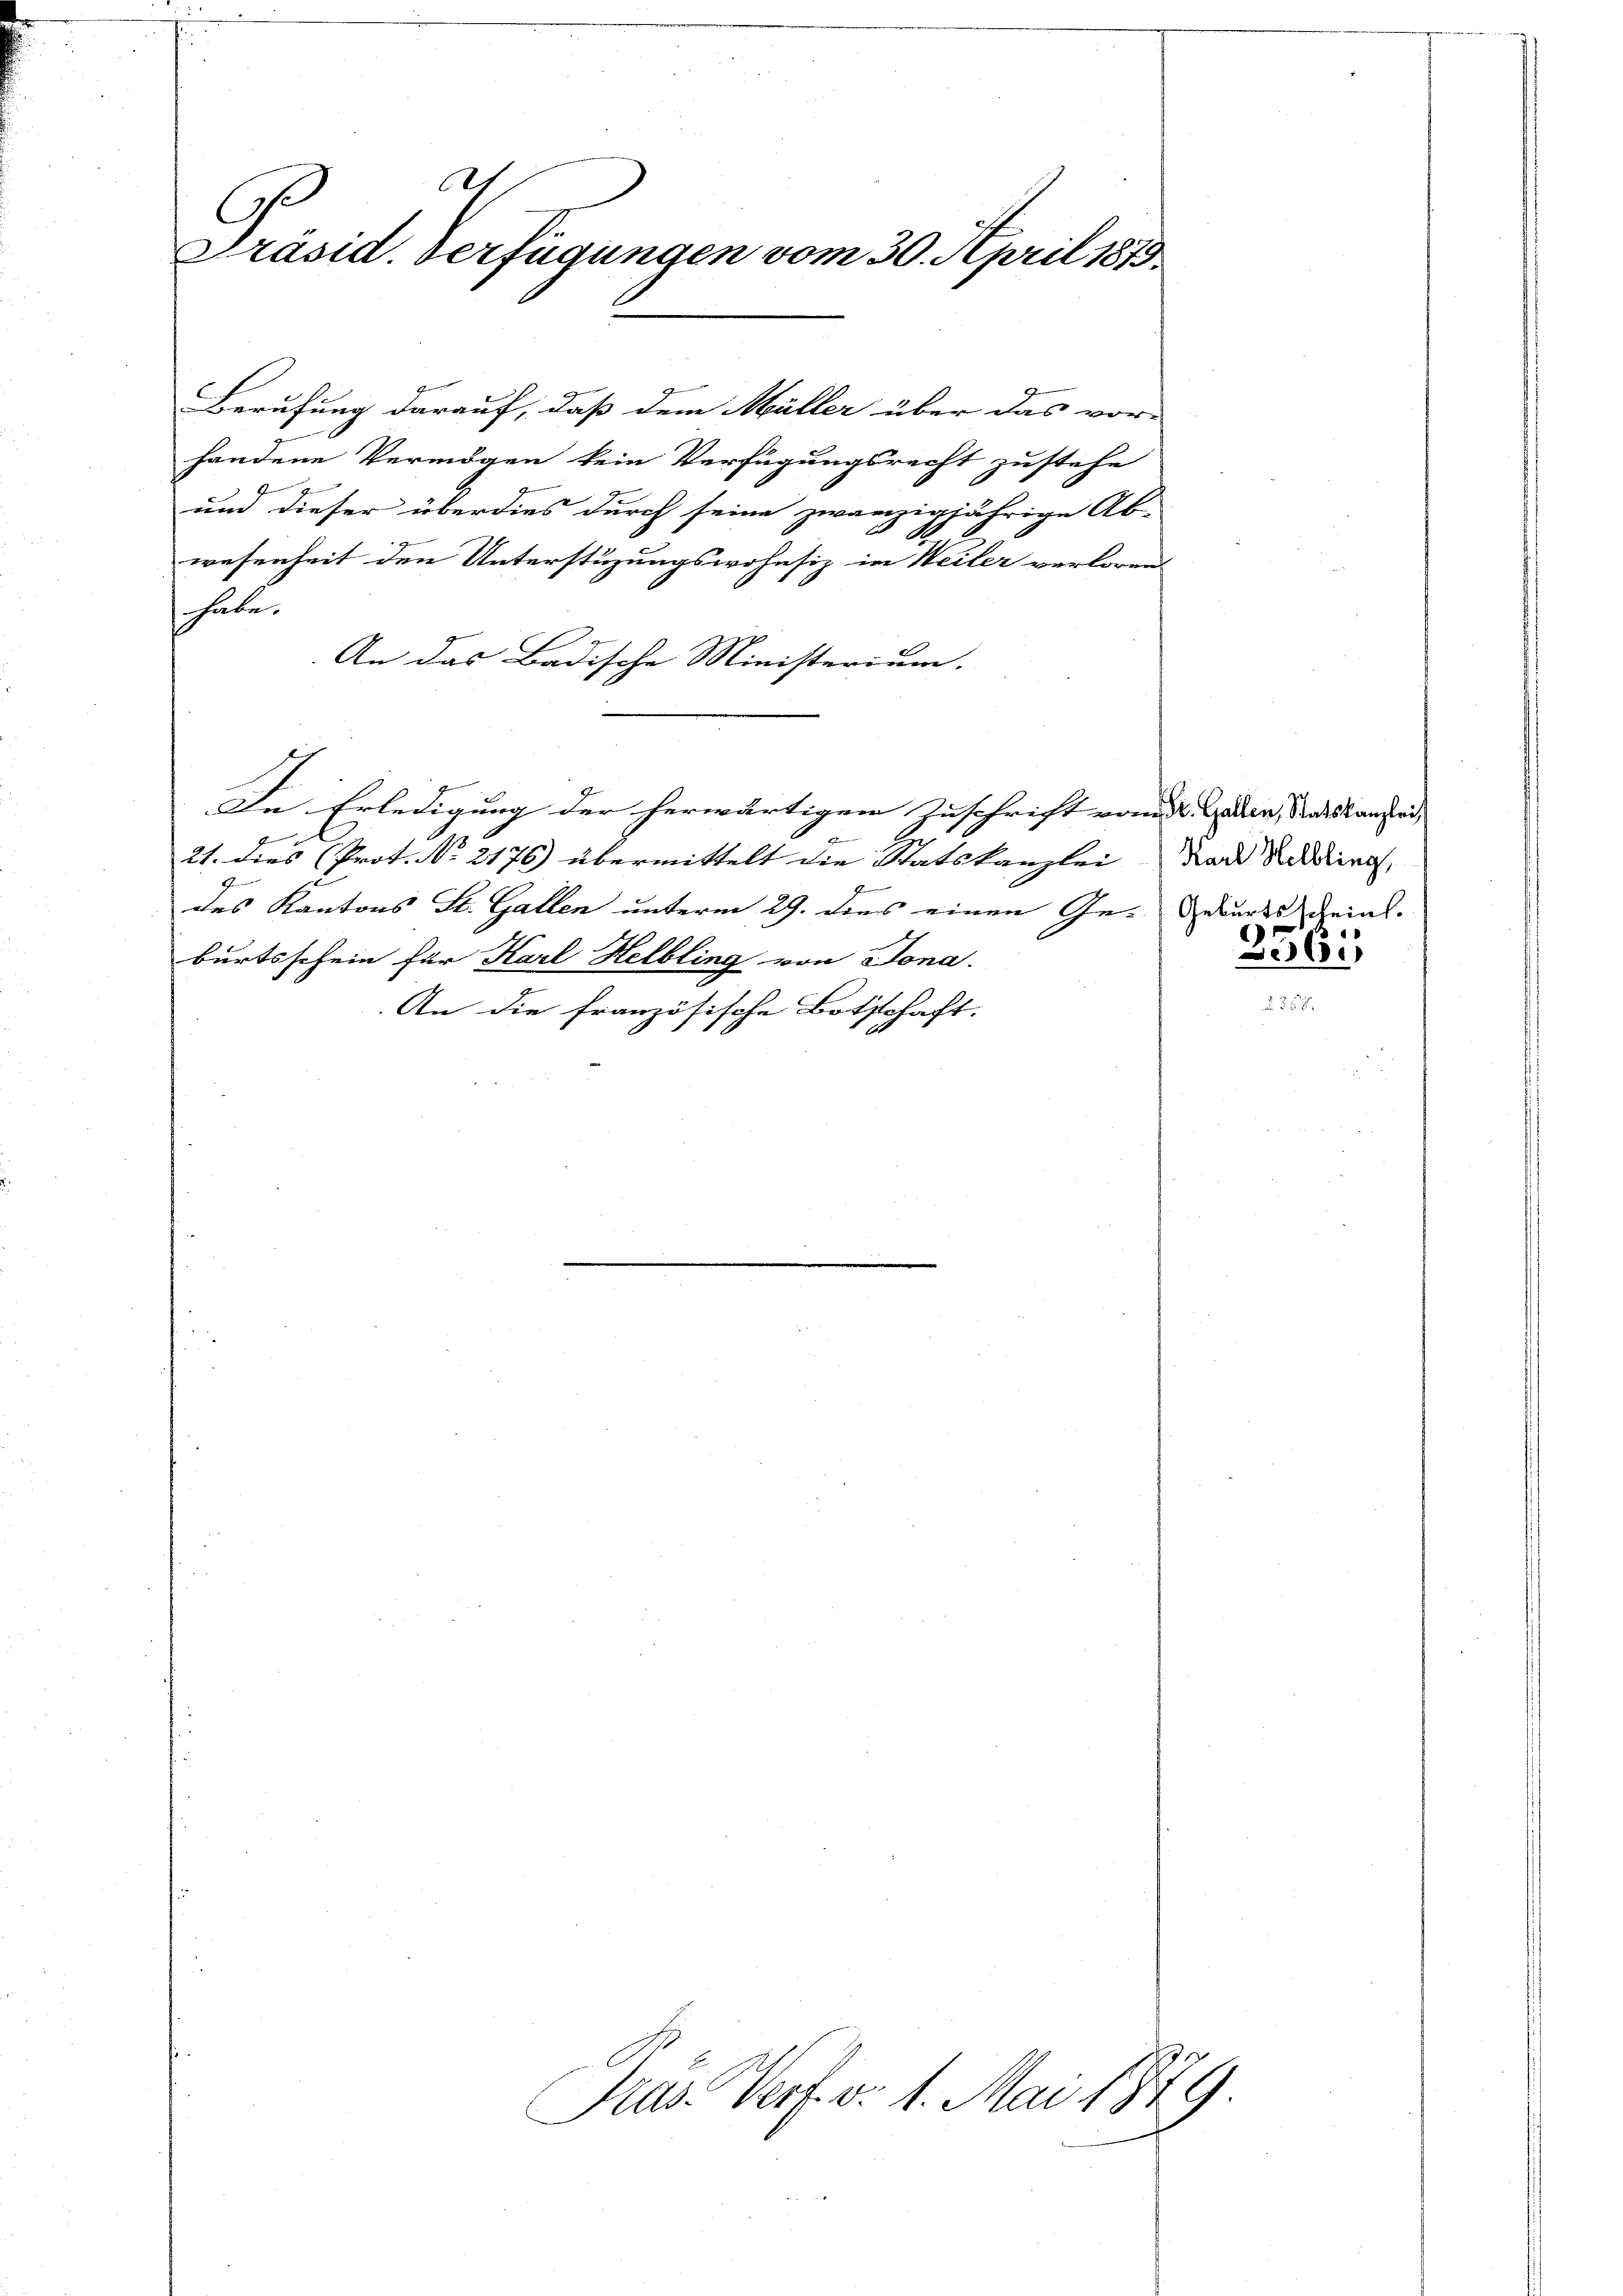
A
C
Präsid. Verfügungen vom 30. April 1873.

Berufung darauf, daß dem Müller über das vor-
handene Vermögen kein Verfügungsrecht zustehe

und dieser überdies durch seine zwanzigjährige Ab-
wesenheit den Unterstüzungswohnsiz im Weiler verloren
habe.
An das Badische Ministerium.
In Erledigung der herwärtigen Zuschrift vom 4. Garan, Ratskanzlei,
6
21. dies (Prot. No 2176) übermittelt die Statskanzlei
A
des Kantons St. Gallen unterm 29. dies einen Ge- Geburts meint.
burtsschein für Karl Helbling von Jona.
An die französische Bothtschaft.

Pras. Verf. v. 1. Mai 1879

6x

Karl Helbling,
6